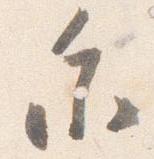
参